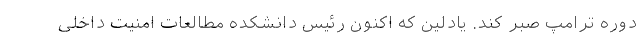
دوره ترامپ صبر کند. یادلین که اکنون رئیس دانشکده مطالعات امنیت داخلی